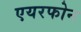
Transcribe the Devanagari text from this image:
एयरफोन